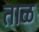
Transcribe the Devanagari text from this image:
ताळ